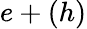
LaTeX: e+(h)